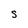
Character: S